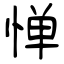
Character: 惮